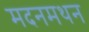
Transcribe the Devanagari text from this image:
मदनमथन